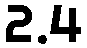
2.4